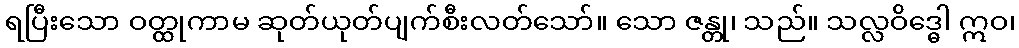
ရပြီးသော ဝတ္ထုကာမ ဆုတ်ယုတ်ပျက်စီးလတ်သော်။ သော ဇန္တု၊ သည်။ သလ္လဝိဒ္ဓေါ ဣဝ၊